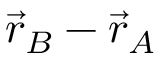
{ \vec { r } } _ { B } - { \vec { r } } _ { A }